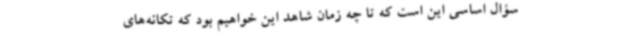
سؤال اساسی این است که تا چه زمان شاهد این خواهیم بود که تکانه‌های